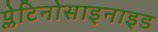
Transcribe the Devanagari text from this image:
प्लेटिनोसाइनाइड